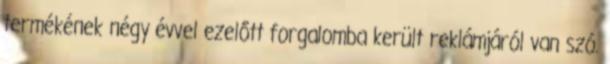
termékének négy évvel ezelőtt forgalomba került reklámjáról van szó.